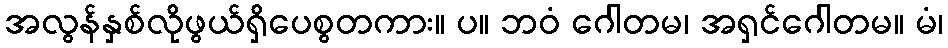
အလွန်နှစ်လိုဖွယ်ရှိပေစွတကား။ ပ။ ဘဝံ ဂေါတမ၊ အရှင်ဂေါတမ။ မံ၊